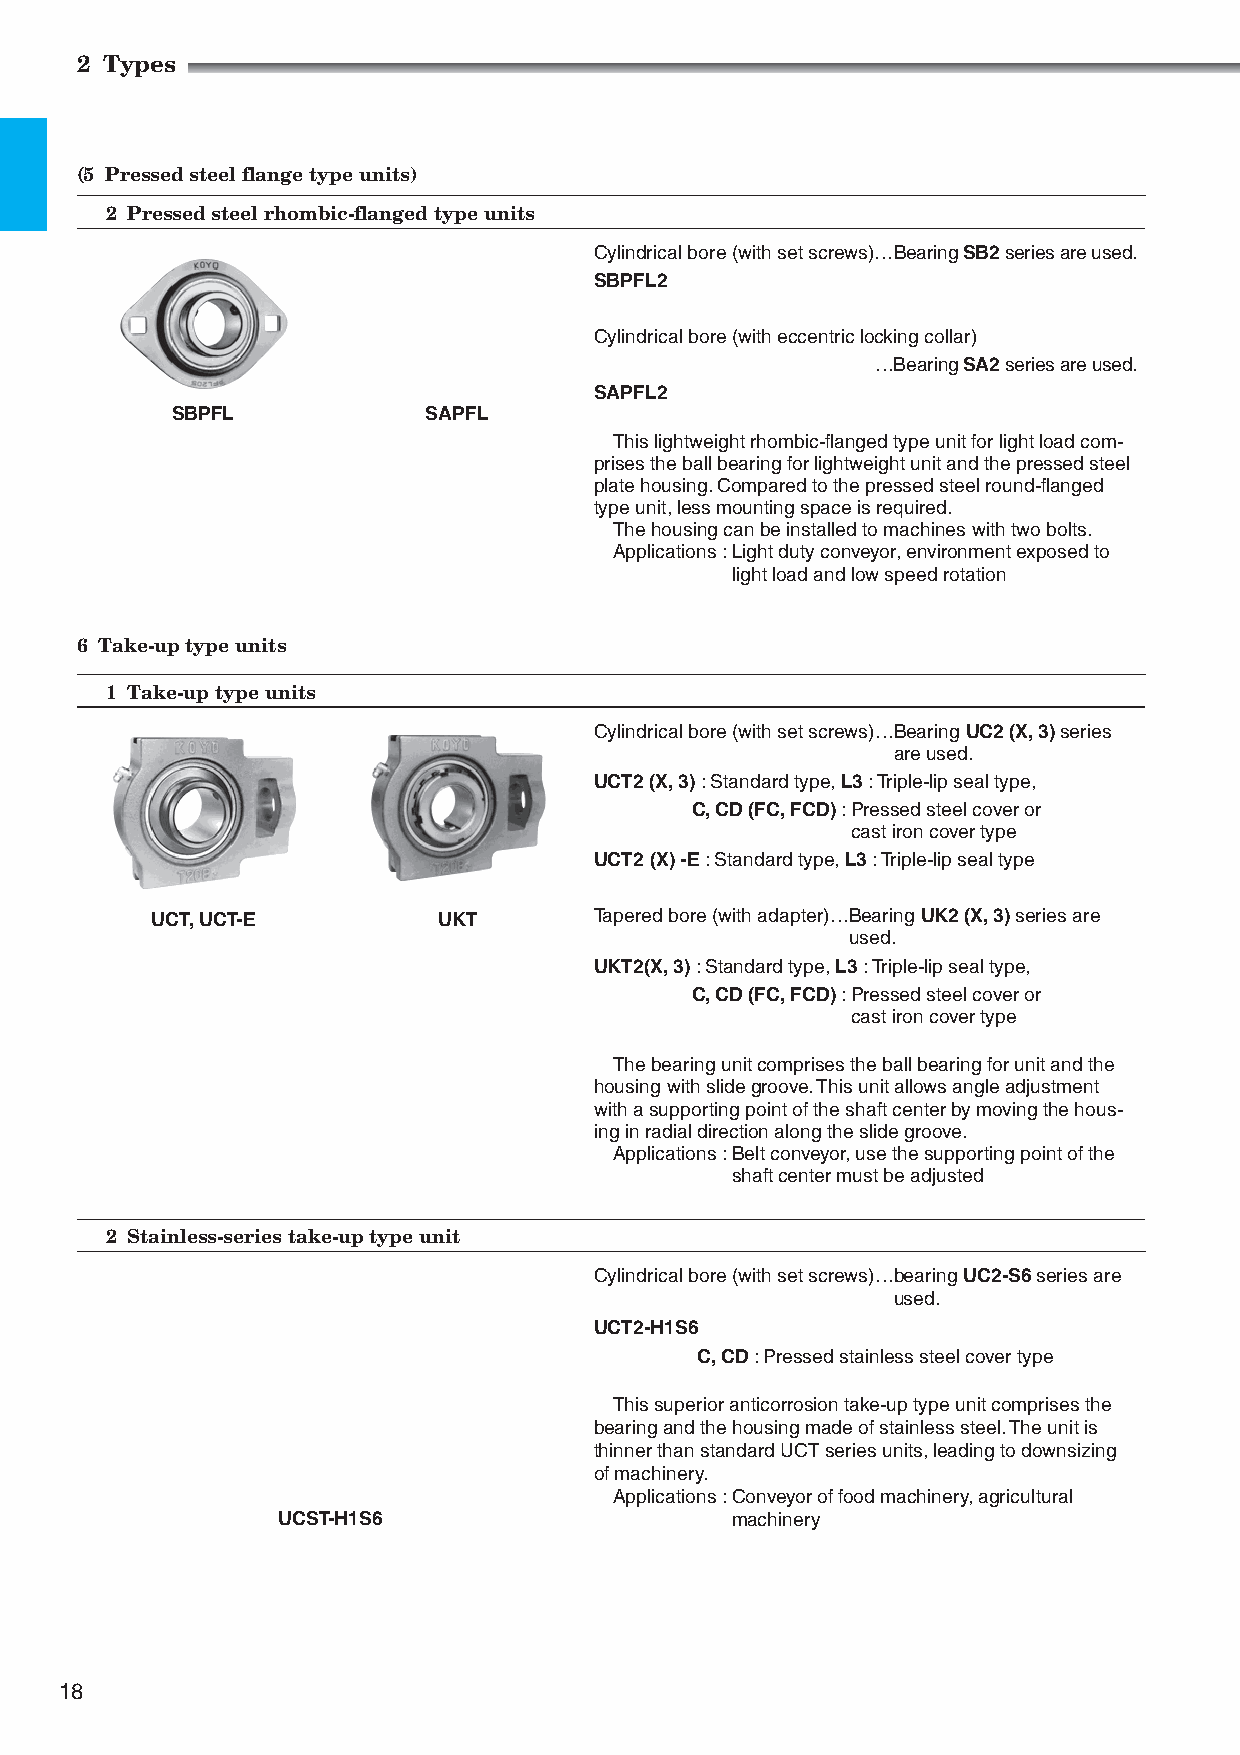
2 Types
 (5 Pressed steel flange type units)
 2 Pressed steel rhombic-flanged type units
 Cylindrical bore (with set screws)…Bearing SB2 series are used.
 SBPFL2
 Cylindrical bore (with eccentric locking collar)
 …Bearing SA2 series are used.
 SAPFL2
 SBPFL            SAPFL
 This lightweight rhombic-flanged type unit for light load com-
 prises the ball bearing for lightweight unit and the pressed steel
 plate housing. Compared to the pressed steel round-flanged
 type unit, less mounting space is required.
 The housing can be installed to machines with two bolts.
 Applications : Light duty conveyor, environment exposed to
 light load and low speed rotation
 6 Take-up type units
 1 Take-up type units
 Cylindrical bore (with set screws)…B earing UC2 (X, 3) series
 are used.
 UCT2 (X, 3) : Standard type, L3 : Triple-lip seal type,
 C, CD (FC, FCD) : P ressed steel cover or
 cast iron cover type
 UCT2 (X) -E : Standard type, L3 : Triple-lip seal type
 UCT, UCT-E         UKT       Tapered bore (with adapter)…B earing UK2 (X, 3) series are
 used.
 UKT2(X, 3) : Standard type, L3 : Triple-lip seal type,
 C, CD (FC, FCD) : P ressed steel cover or
 cast iron cover type
 The bearing unit comprises the ball bearing for unit and the
 housing with slide groove. This unit allows angle adjustment
 with a supporting point of the shaft center by moving the hous-
 ing in radial direction along the slide groove.
 Applications : Belt conveyor, use the supporting point of the
 shaft center must be adjusted
 2 Stainless-series take-up type unit
 Cylindrical bore (with set screws)…b earing UC2-S6 series are
 used.
 UCT2-H1S6
 C, CD : Pressed stainless steel cover type
 This superior anticorrosion take-up type unit comprises the
 bearing and the housing made of stainless steel. The unit is
 thinner than standard UCT series units, leading to downsizing
 of machinery.
 Applications : Conveyor of food machinery, agricultural
 UCST-H1S6                     machinery
 18